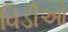
વિડીઓ